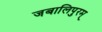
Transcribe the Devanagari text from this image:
जबालिपुरम्